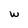
Character: w